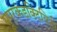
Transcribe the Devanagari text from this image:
सूपरकंडक्टिविटी